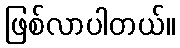
ဖြစ်လာပါတယ်။